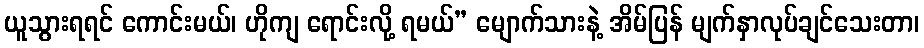
ယူသွားရရင် ကောင်းမယ်၊ ဟိုကျ ရောင်းလို့ ရမယ်” မျောက်သားနဲ့ အိမ်ပြန် မျက်နှာလုပ်ချင်သေးတာ၊